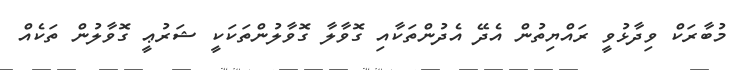
މުބާރަކް ވިދާޅުވީ ރައްޔިތުން އެދޭ އެދުންތަކާއި ގޮވާލާ ގޮވާލުންތަކަކީ ޝަރުޢީ ގޮވާލުން ތަކެއް